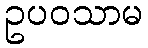
ဥပဝသာမ